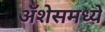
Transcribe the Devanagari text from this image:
ॲशेसमध्ये